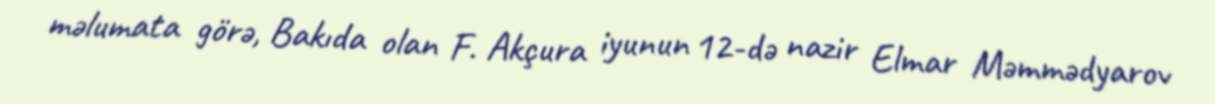
məlumata görə, Bakıda olan F. Akçura iyunun 12-də nazir Elmar Məmmədyarov